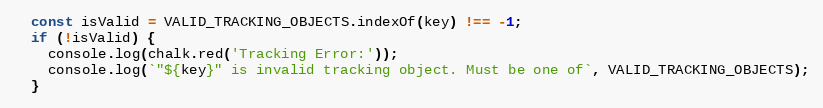
Language: JavaScript
  const isValid = VALID_TRACKING_OBJECTS.indexOf(key) !== -1;
  if (!isValid) {
    console.log(chalk.red('Tracking Error:'));
    console.log(`"${key}" is invalid tracking object. Must be one of`, VALID_TRACKING_OBJECTS);
  }